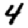
Digit: 4